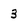
Character: 3